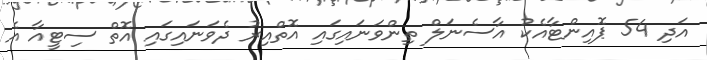
އަދި 54 ޕޮއިންޓާއެކު އާސެނަލް ތިންވަނައިގައި އޮތްއިރު ދެވަނައިގައި އޮތް ސިޓީއާ އެ